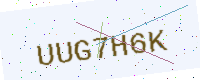
Text: UUG7H6K